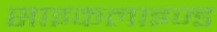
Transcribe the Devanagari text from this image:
साइकलाइज्ड